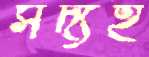
সদ্যই